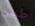
طنين